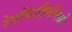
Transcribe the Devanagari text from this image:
रेतोवाहिनीमध्ये